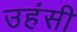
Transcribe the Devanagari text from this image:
उहंसी